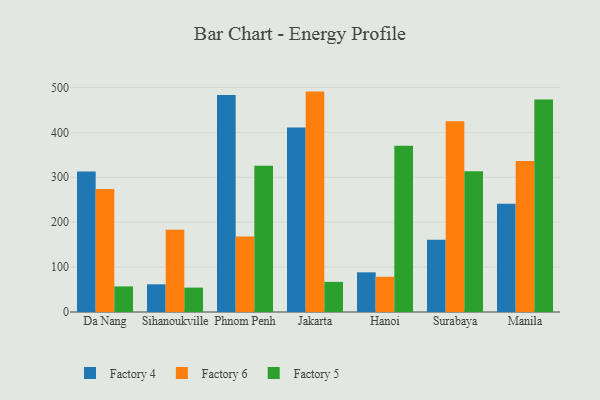
{"axis": {"x": "City", "y": "Revenue (USD Million)"}, "legend": ["Factory 4", "Factory 5", "Factory 6"], "data": [{"x": "Da Nang", "y": 313.0, "type": "Factory 4"}, {"x": "Da Nang", "y": 274.1, "type": "Factory 6"}, {"x": "Da Nang", "y": 56.9, "type": "Factory 5"}, {"x": "Sihanoukville", "y": 61.7, "type": "Factory 4"}, {"x": "Sihanoukville", "y": 183.4, "type": "Factory 6"}, {"x": "Sihanoukville", "y": 54.3, "type": "Factory 5"}, {"x": "Phnom Penh", "y": 483.2, "type": "Factory 4"}, {"x": "Phnom Penh", "y": 168.3, "type": "Factory 6"}, {"x": "Phnom Penh", "y": 325.6, "type": "Factory 5"}, {"x": "Jakarta", "y": 410.5, "type": "Factory 4"}, {"x": "Jakarta", "y": 490.7, "type": "Factory 6"}, {"x": "Jakarta", "y": 67.1, "type": "Factory 5"}, {"x": "Hanoi", "y": 88.3, "type": "Factory 4"}, {"x": "Hanoi", "y": 78.5, "type": "Factory 6"}, {"x": "Hanoi", "y": 370.2, "type": "Factory 5"}, {"x": "Surabaya", "y": 160.9, "type": "Factory 4"}, {"x": "Surabaya", "y": 424.5, "type": "Factory 6"}, {"x": "Surabaya", "y": 313.1, "type": "Factory 5"}, {"x": "Manila", "y": 241.0, "type": "Factory 4"}, {"x": "Manila", "y": 336.3, "type": "Factory 6"}, {"x": "Manila", "y": 473.2, "type": "Factory 5"}]}